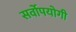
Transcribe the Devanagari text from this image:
सर्वोपयोगी